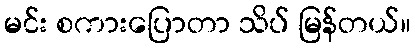
မင်း စကားပြောတာ သိပ် မြန်တယ်။